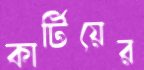
কার্টিয়ের